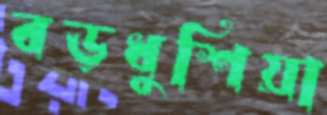
বড়ধুশিয়া